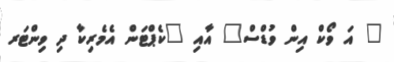
" އަ ވޯކް އިން ވުޑްސް" އާއި "ކެޕްޓަން އެމެރިކާ ދި ވިންޓަރ